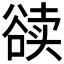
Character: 𰶔